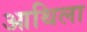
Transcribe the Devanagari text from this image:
आथिला